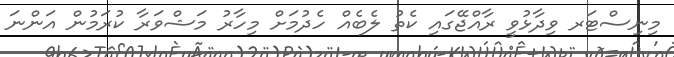
މިނިސްޓަރ ވިދާޅުވީ ރާއްޖޭގައި ކެތު ލެބެއް ހެދުމަށް މިހާރު މަޝްވަރާ ކުރަމުން އަންނަ